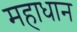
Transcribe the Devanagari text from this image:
महाधान